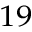
^ { 1 9 }